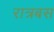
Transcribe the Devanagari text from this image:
रात्रबस